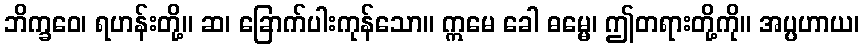
ဘိက္ခဝေ၊ ရဟန်းတို့။ ဆ၊ ခြောက်ပါးကုန်သော။ ဣမေ ခေါ ဓမ္မေ၊ ဤတရားတို့ကို။ အပ္ပဟာယ၊